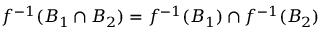
f ^ { - 1 } ( B _ { 1 } \cap B _ { 2 } ) = f ^ { - 1 } ( B _ { 1 } ) \cap f ^ { - 1 } ( B _ { 2 } )